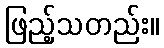
ဖြည့်သတည်း။